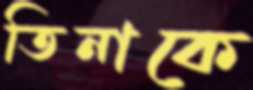
তিনাকে